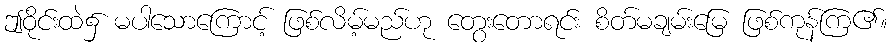
ဤဝိုင်းထဲ၌ မပါသောကြောင့် ဖြစ်လိမ့်မည်ဟု တွေးတောရင်း စိတ်မချမ်းမြေ ဖြစ်ကုန်ကြ၏။